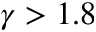
\gamma > 1 . 8